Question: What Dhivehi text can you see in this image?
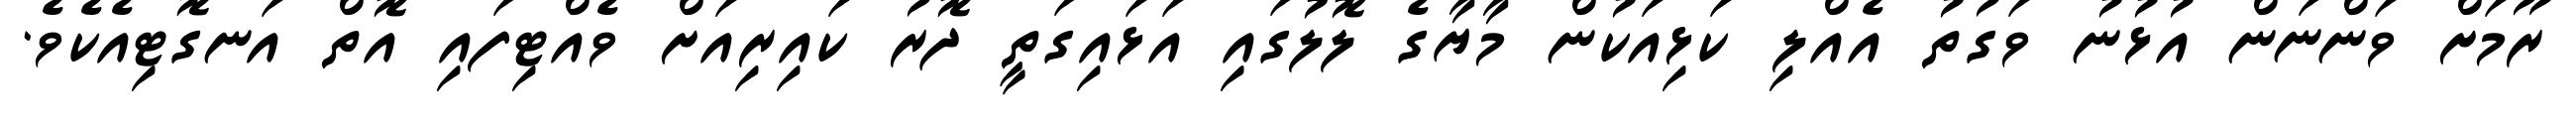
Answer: ރޫމަށް ވަންނަން އުޅުނު ވަގުތު އެއްލި ކަޅިއަކުން މާޔާގެ ލޮލުގައި އަޅައިގަތީ ދޮރު ކައިރިއަށް ވެއްޓިފައި އޮތް އަނގޮޓިއެކެވެ.